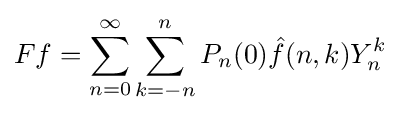
Ff=\sum _{n=0}^{\infty }\sum _{k=-n}^{n}P_{n}(0){\hat {f}}(n,k)Y_{n}^{k}